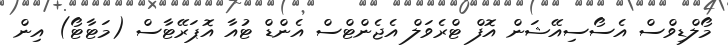
މޯލްޑިވްސް އެސޯސިއޭޝަން އޮފް ޓްރެވަލް އެޖެންޓްސް އެންޑް ޓުއާ އޮޕަރޭޓާސް (މަޓާޓޯ) އިން